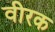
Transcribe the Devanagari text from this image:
वीरक